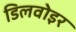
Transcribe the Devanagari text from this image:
डिलवोइर